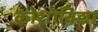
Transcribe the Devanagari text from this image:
कोशाविद्या